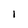
Character: l